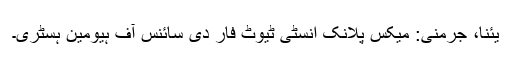
یئنا، جرمنی: میکس پلانک انسٹی ٹیوٹ فار دی سائنس آف ہیومین ہسٹری۔